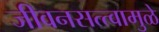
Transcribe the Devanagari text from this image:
जीवनसत्त्वामुळे